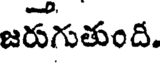
జరుగుతుంది.